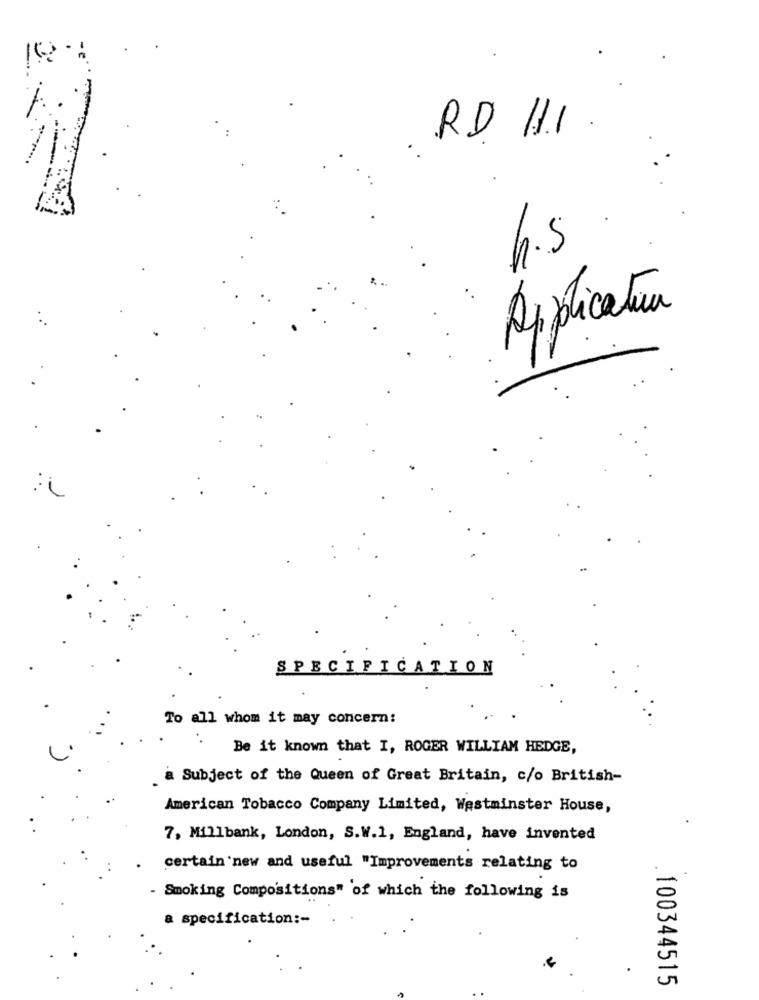
R.D. 1.1.
h.5
Application
SPECIFICATION
To all whom it may concern:
Be it known that I, ROGER WILLIAM HEDGE,
a Subject of the Queen of Great Britain, c/o British-
American Tobacco Company Limited, Westminster House,
7, Millbank, London, S.W.1, England, have invented
certain new and useful "Improvements relating to
.
- Smoking Compositions" of which the following is
a specification :-
100344515